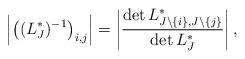
LaTeX: \begin{align*} \left | \left((L^*_J)^{-1}\right)_{i,j} \right |= \left | \frac{\det L^*_{J\setminus\{i\},J\setminus\{j\}}}{\det L^*_J} \right |,\end{align*}